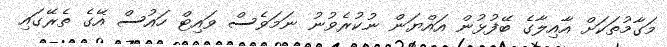
މަގާމުތަކަށް އާއިލާގެ ބޭފުޅުން އައްޔަން ނުކުރެވުނު ނަމަވެސް ވައިޓް ހައުސް އޭގެ ތެރޭގައި